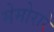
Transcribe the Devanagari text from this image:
मेमोरारे